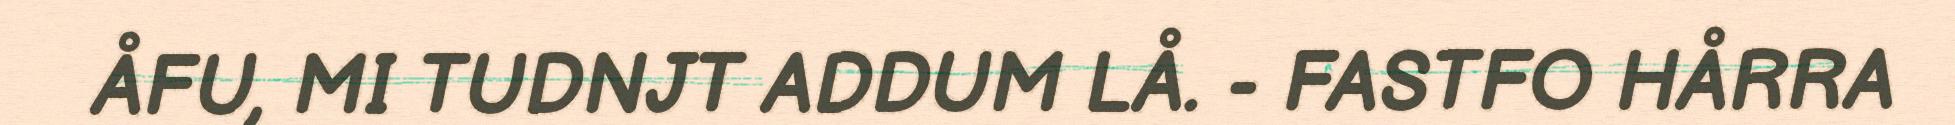
ÅFU, MI TUDNJT ADDUM LÅ. - FASTFO HÅRRA